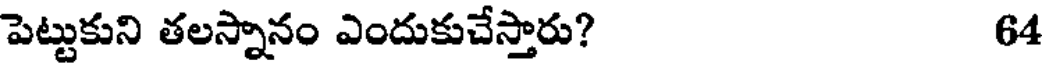
పెట్టుకుని తలస్నానం ఎందుకుచేస్తారు? 64